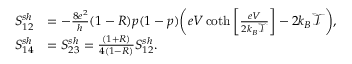
\begin{array} { r l } { S _ { 1 2 } ^ { s h } } & { = - \frac { 8 e ^ { 2 } } { h } ( 1 - R ) p ( 1 - p ) \bigg ( e V \coth \left[ \frac { e V } { 2 k _ { B } \mathcal { T } } \right] - 2 k _ { B } \mathcal { T } \bigg ) , } \\ { S _ { 1 4 } ^ { s h } } & { = S _ { 2 3 } ^ { s h } = \frac { ( 1 + R ) } { 4 ( 1 - R ) } S _ { 1 2 } ^ { s h } . } \end{array}